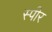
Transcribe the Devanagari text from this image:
स्पीर